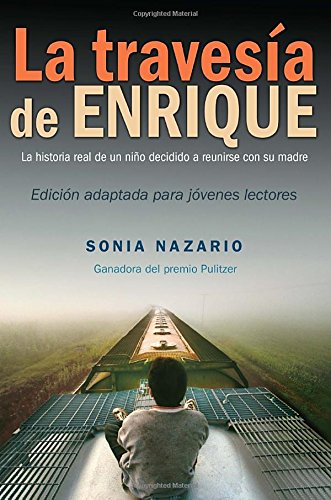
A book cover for La TravesÃ­a de Enrique (Spanish Edition); Sonia Nazario; Teen & Young Adult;